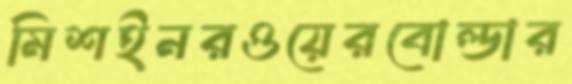
মিশইনরওয়েরবোল্ডার